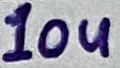
Text: 10u